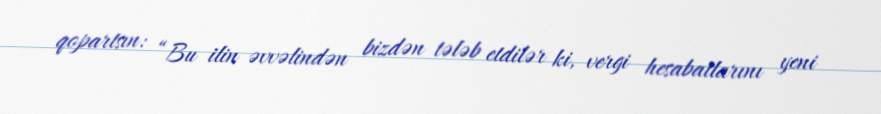
qopartsın: “Bu ilin əvvəlindən bizdən tələb etdilər ki, vergi hesabatlarını yeni